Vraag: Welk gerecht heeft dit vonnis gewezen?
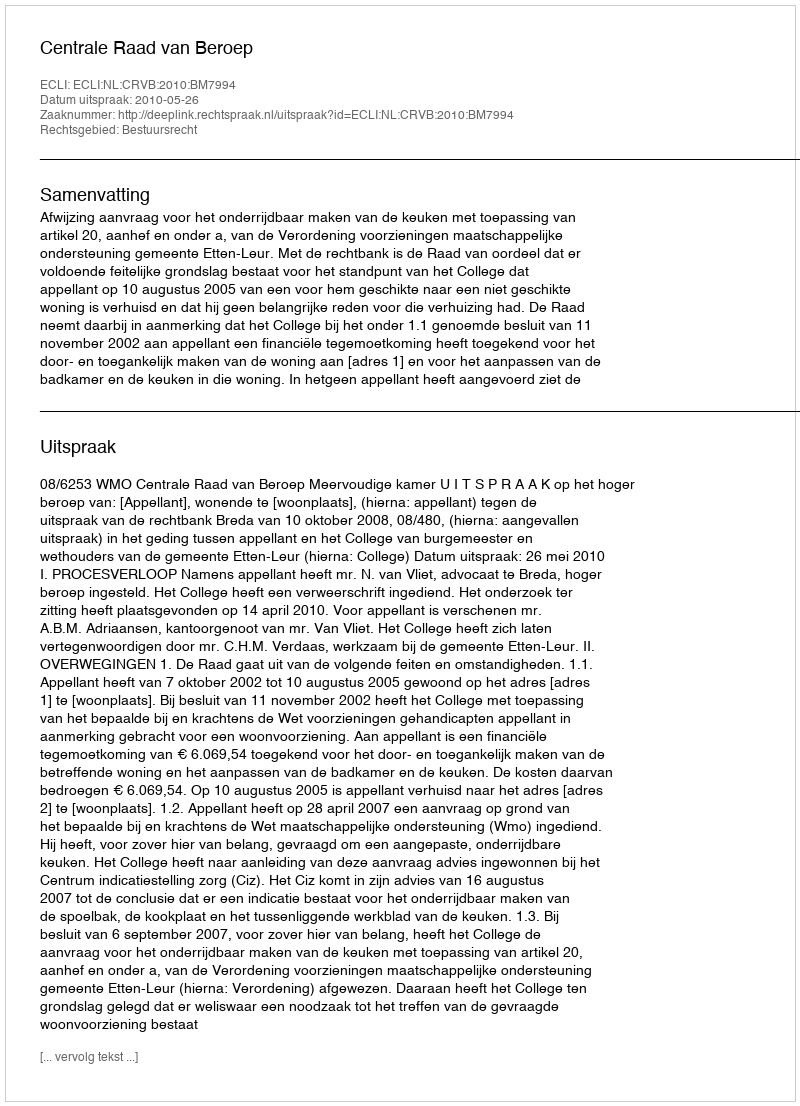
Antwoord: Centrale Raad van Beroep